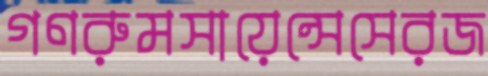
গণরুমসায়েন্সেসেরজ